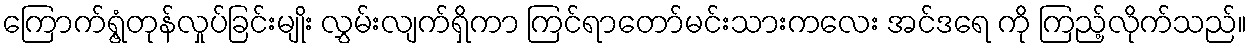
ကြောက်ရွံ့တုန်လှုပ်ခြင်းမျိုး လွှမ်းလျက်ရှိကာ ကြင်ရာတော်မင်းသားကလေး အင်ဒရေ ကို ကြည့်လိုက်သည်။